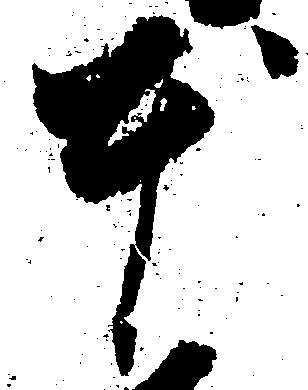
本